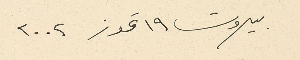
بيروت ١٩ تموز ٢٠٠٢